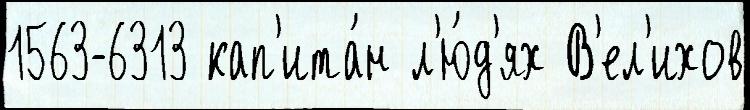
1563-6313 кап'ита́н л'ю́д'ях В'ел'ихов